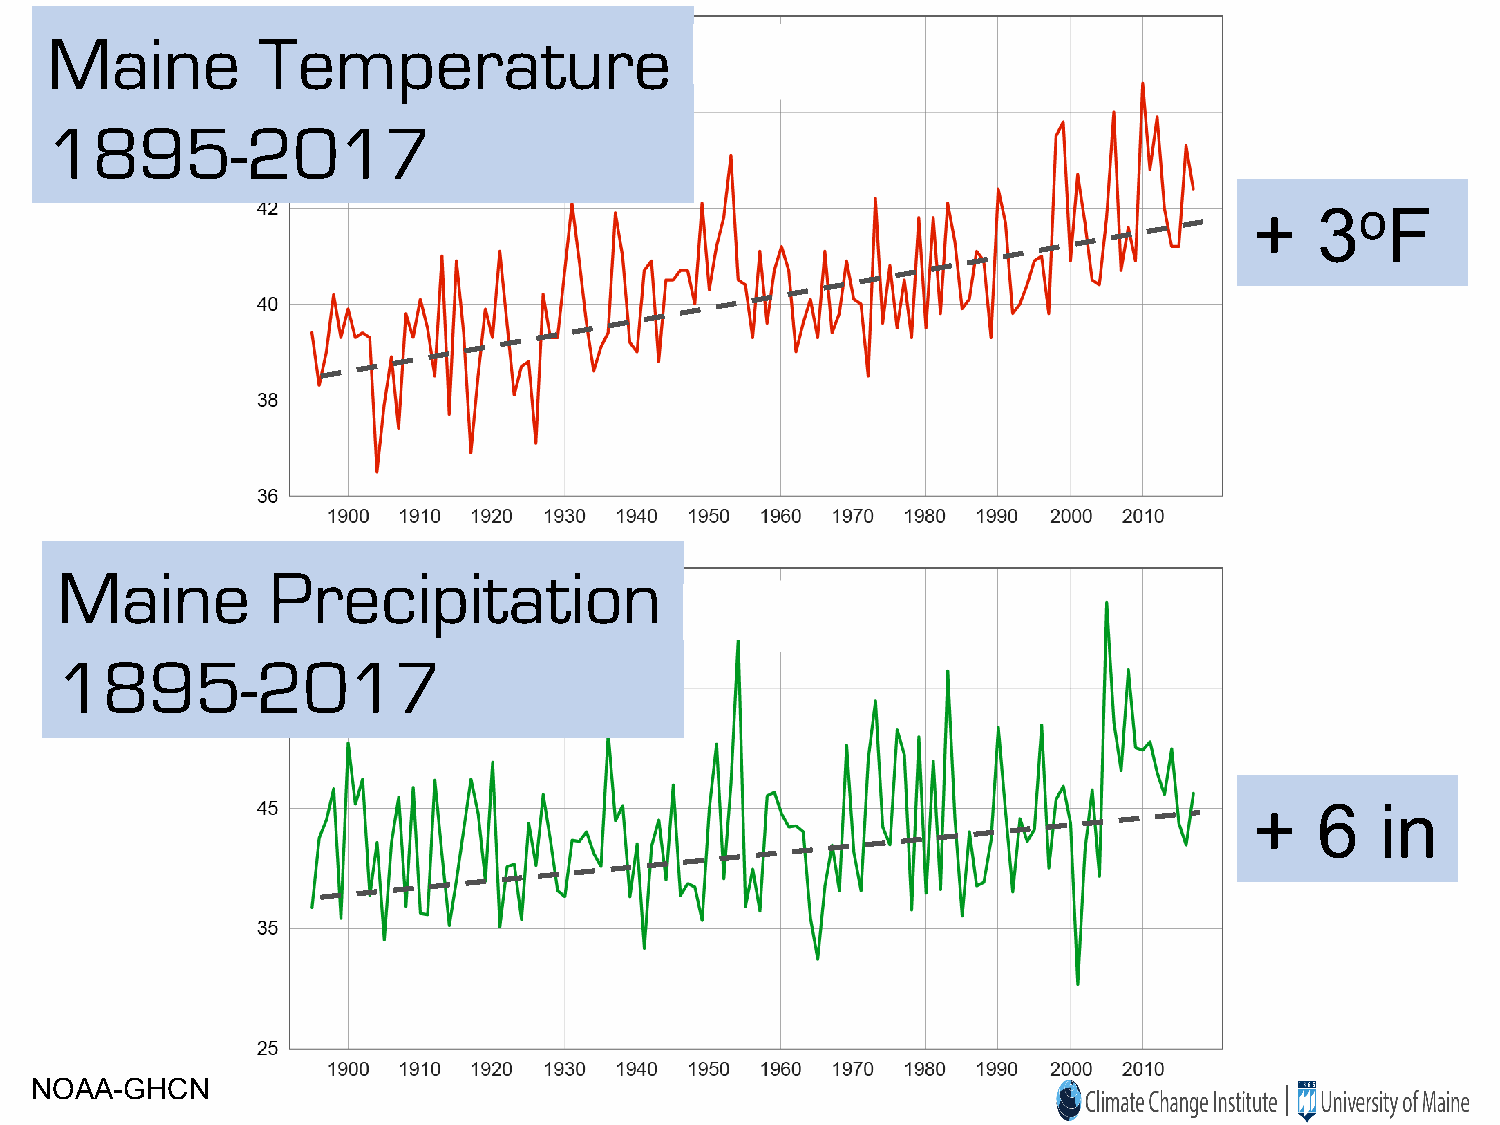
Maine         Temperature
 1895-2017
 +   3oF
 Maine         Precipitation
 1895-2017
 +   6   in
 NOAA-GHCN